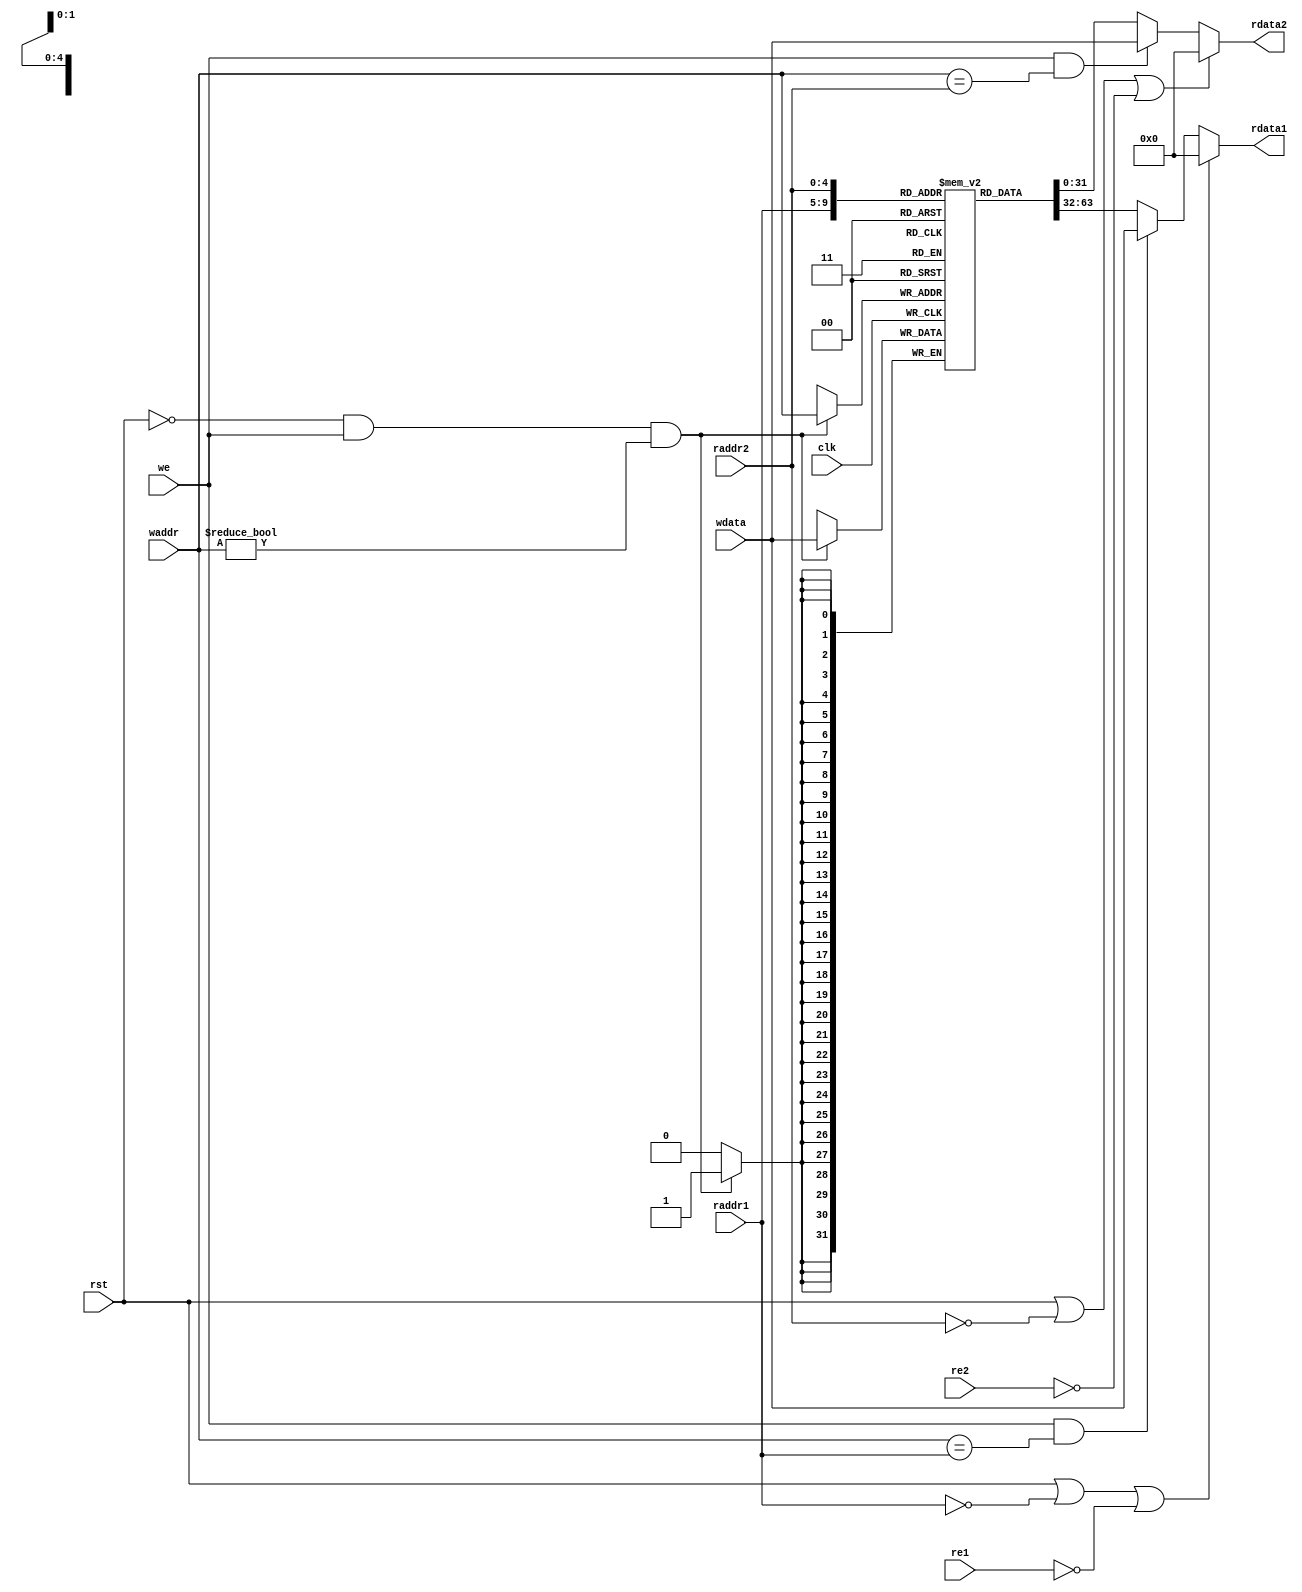
module regfile (
    input             we    ,
    input      [ 4:0] waddr ,
    input      [31:0] wdata ,
    input             re1   ,
    input      [ 4:0] raddr1,
    output reg [31:0] rdata1,
    input             re2   ,
    input      [ 4:0] raddr2,
    output reg [31:0] rdata2,
    input             clk   ,
    input             rst
);

    reg [31:0] regs[0:31];

    always @(posedge clk) begin
        if (!rst && we && waddr != 0) begin
            regs[waddr] <= wdata;
        end
    end

    always @* begin
        if (rst || raddr1 == 0 || !re1) begin
            rdata1 <= 0;
        end else if (we && waddr == raddr1) begin
            rdata1 <= wdata;
        end else begin
            rdata1 <= regs[raddr1];
        end
    end

    always @* begin
        if (rst || raddr2 == 0 || !re2) begin
            rdata2 <= 0;
        end else if (we && waddr == raddr2) begin
            rdata2 <= wdata;
        end else begin
            rdata2 <= regs[raddr2];
        end
    end

endmodule // regfile